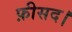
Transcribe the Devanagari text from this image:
फ़ीसद।